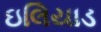
ઇલિયાડ